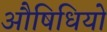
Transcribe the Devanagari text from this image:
औषिधियो